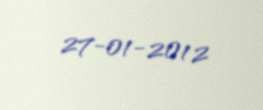
27-01-2012